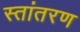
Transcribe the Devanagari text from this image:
स्तांतरण